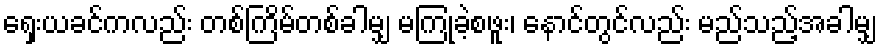
ရှေးယခင်ကလည်း တစ်ကြိမ်တစ်ခါမျှ မကြုံခဲ့စဖူး၊ နောင်တွင်လည်း မည်သည့်အခါမျှ